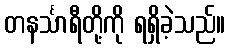
တနင်္သာရီတို့ကို ရရှိခဲ့သည်။